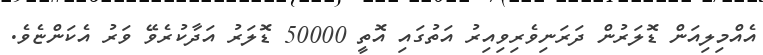
އެއްމިލިއަން ޑޮލަރުން ދަރަނިވެރިވިއިރު އަތުގައި އޮތީ 50000 ޑޮލަރު އަދާކުރެވޭ ވަރު އެކަންޏެވެ.